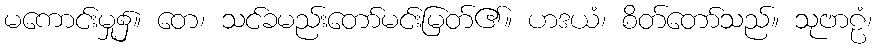
မကောင်းမှု၌။ တေ၊ သင်ခမည်းတော်မင်းမြတ်၏။ ဟဒယံ၊ စိတ်တော်သည်။ သုဗာဠံ၊